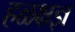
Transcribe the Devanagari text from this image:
हळक्षज्ञ